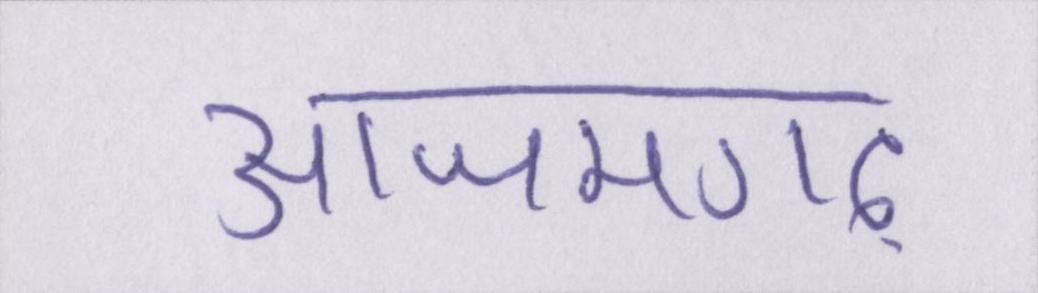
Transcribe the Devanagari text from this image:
आजमगढ़